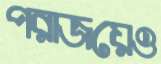
পরাজয়েও